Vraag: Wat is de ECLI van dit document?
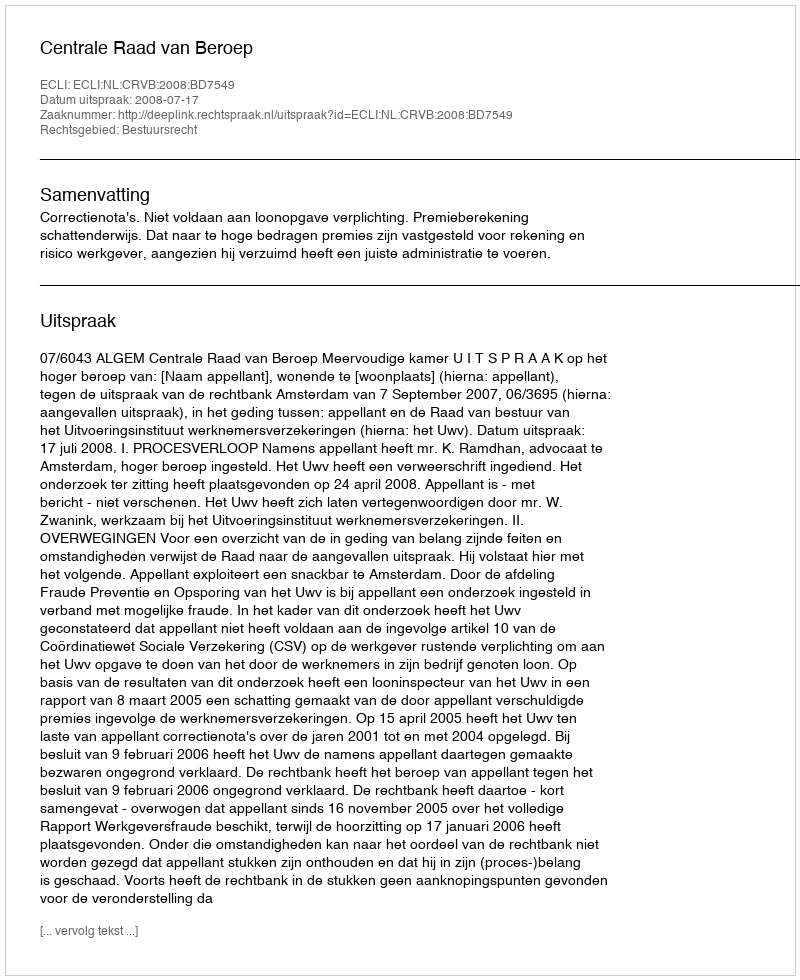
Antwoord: ECLI:NL:CRVB:2008:BD7549